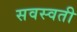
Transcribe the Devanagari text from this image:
सवस्वती